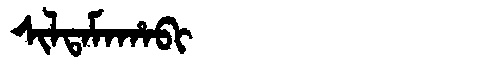
Manchu: ᠰᡳᠯᡨᠠᠮᠠᡥᠠᠪᡳ
Romanization: SILTAMAHABI